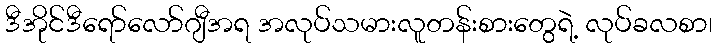
ဒီအိုင်ဒီရော်လော်ဂျီအရ အလုပ်သမားလူတန်းစားတွေရဲ့ လုပ်ခလစာ၊